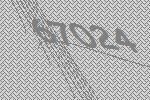
67024